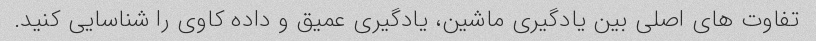
تفاوت های اصلی بین یادگیری ماشین، یادگیری عمیق و داده کاوی را شناسایی کنید.